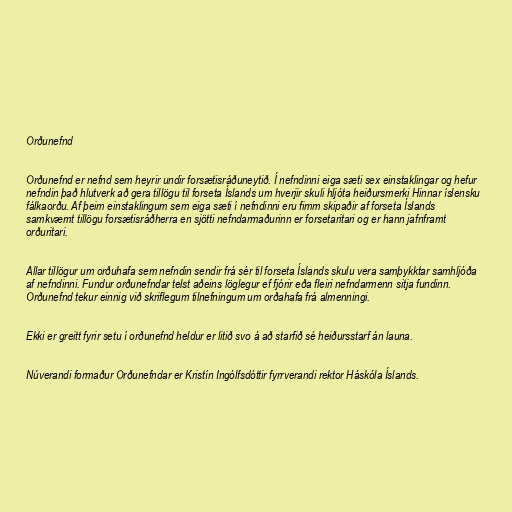
Orðunefnd

Orðunefnd er nefnd sem heyrir undir forsætisráðuneytið. Í nefndinni eiga sæti sex einstaklingar og hefur
nefndin það hlutverk að gera tillögu til forseta Íslands um hverjir skuli hljóta heiðursmerki Hinnar íslensku
fálkaorðu. Af þeim einstaklingum sem eiga sæti í nefndinni eru fimm skipaðir af forseta Íslands
samkvæmt tillögu forsætisráðherra en sjötti nefndarmaðurinn er forsetaritari og er hann jafnframt
orðuritari.

Allar tillögur um orðuhafa sem nefndin sendir frá sér til forseta Íslands skulu vera samþykktar samhljóða
af nefndinni. Fundur orðunefndar telst aðeins löglegur ef fjórir eða fleiri nefndarmenn sitja fundinn.
Orðunefnd tekur einnig við skriflegum tilnefningum um orðahafa frá almenningi.

Ekki er greitt fyrir setu í orðunefnd heldur er litið svo á að starfið sé heiðursstarf án launa.

Núverandi formaður Orðunefndar er Kristín Ingólfsdóttir fyrrverandi rektor Háskóla Íslands.